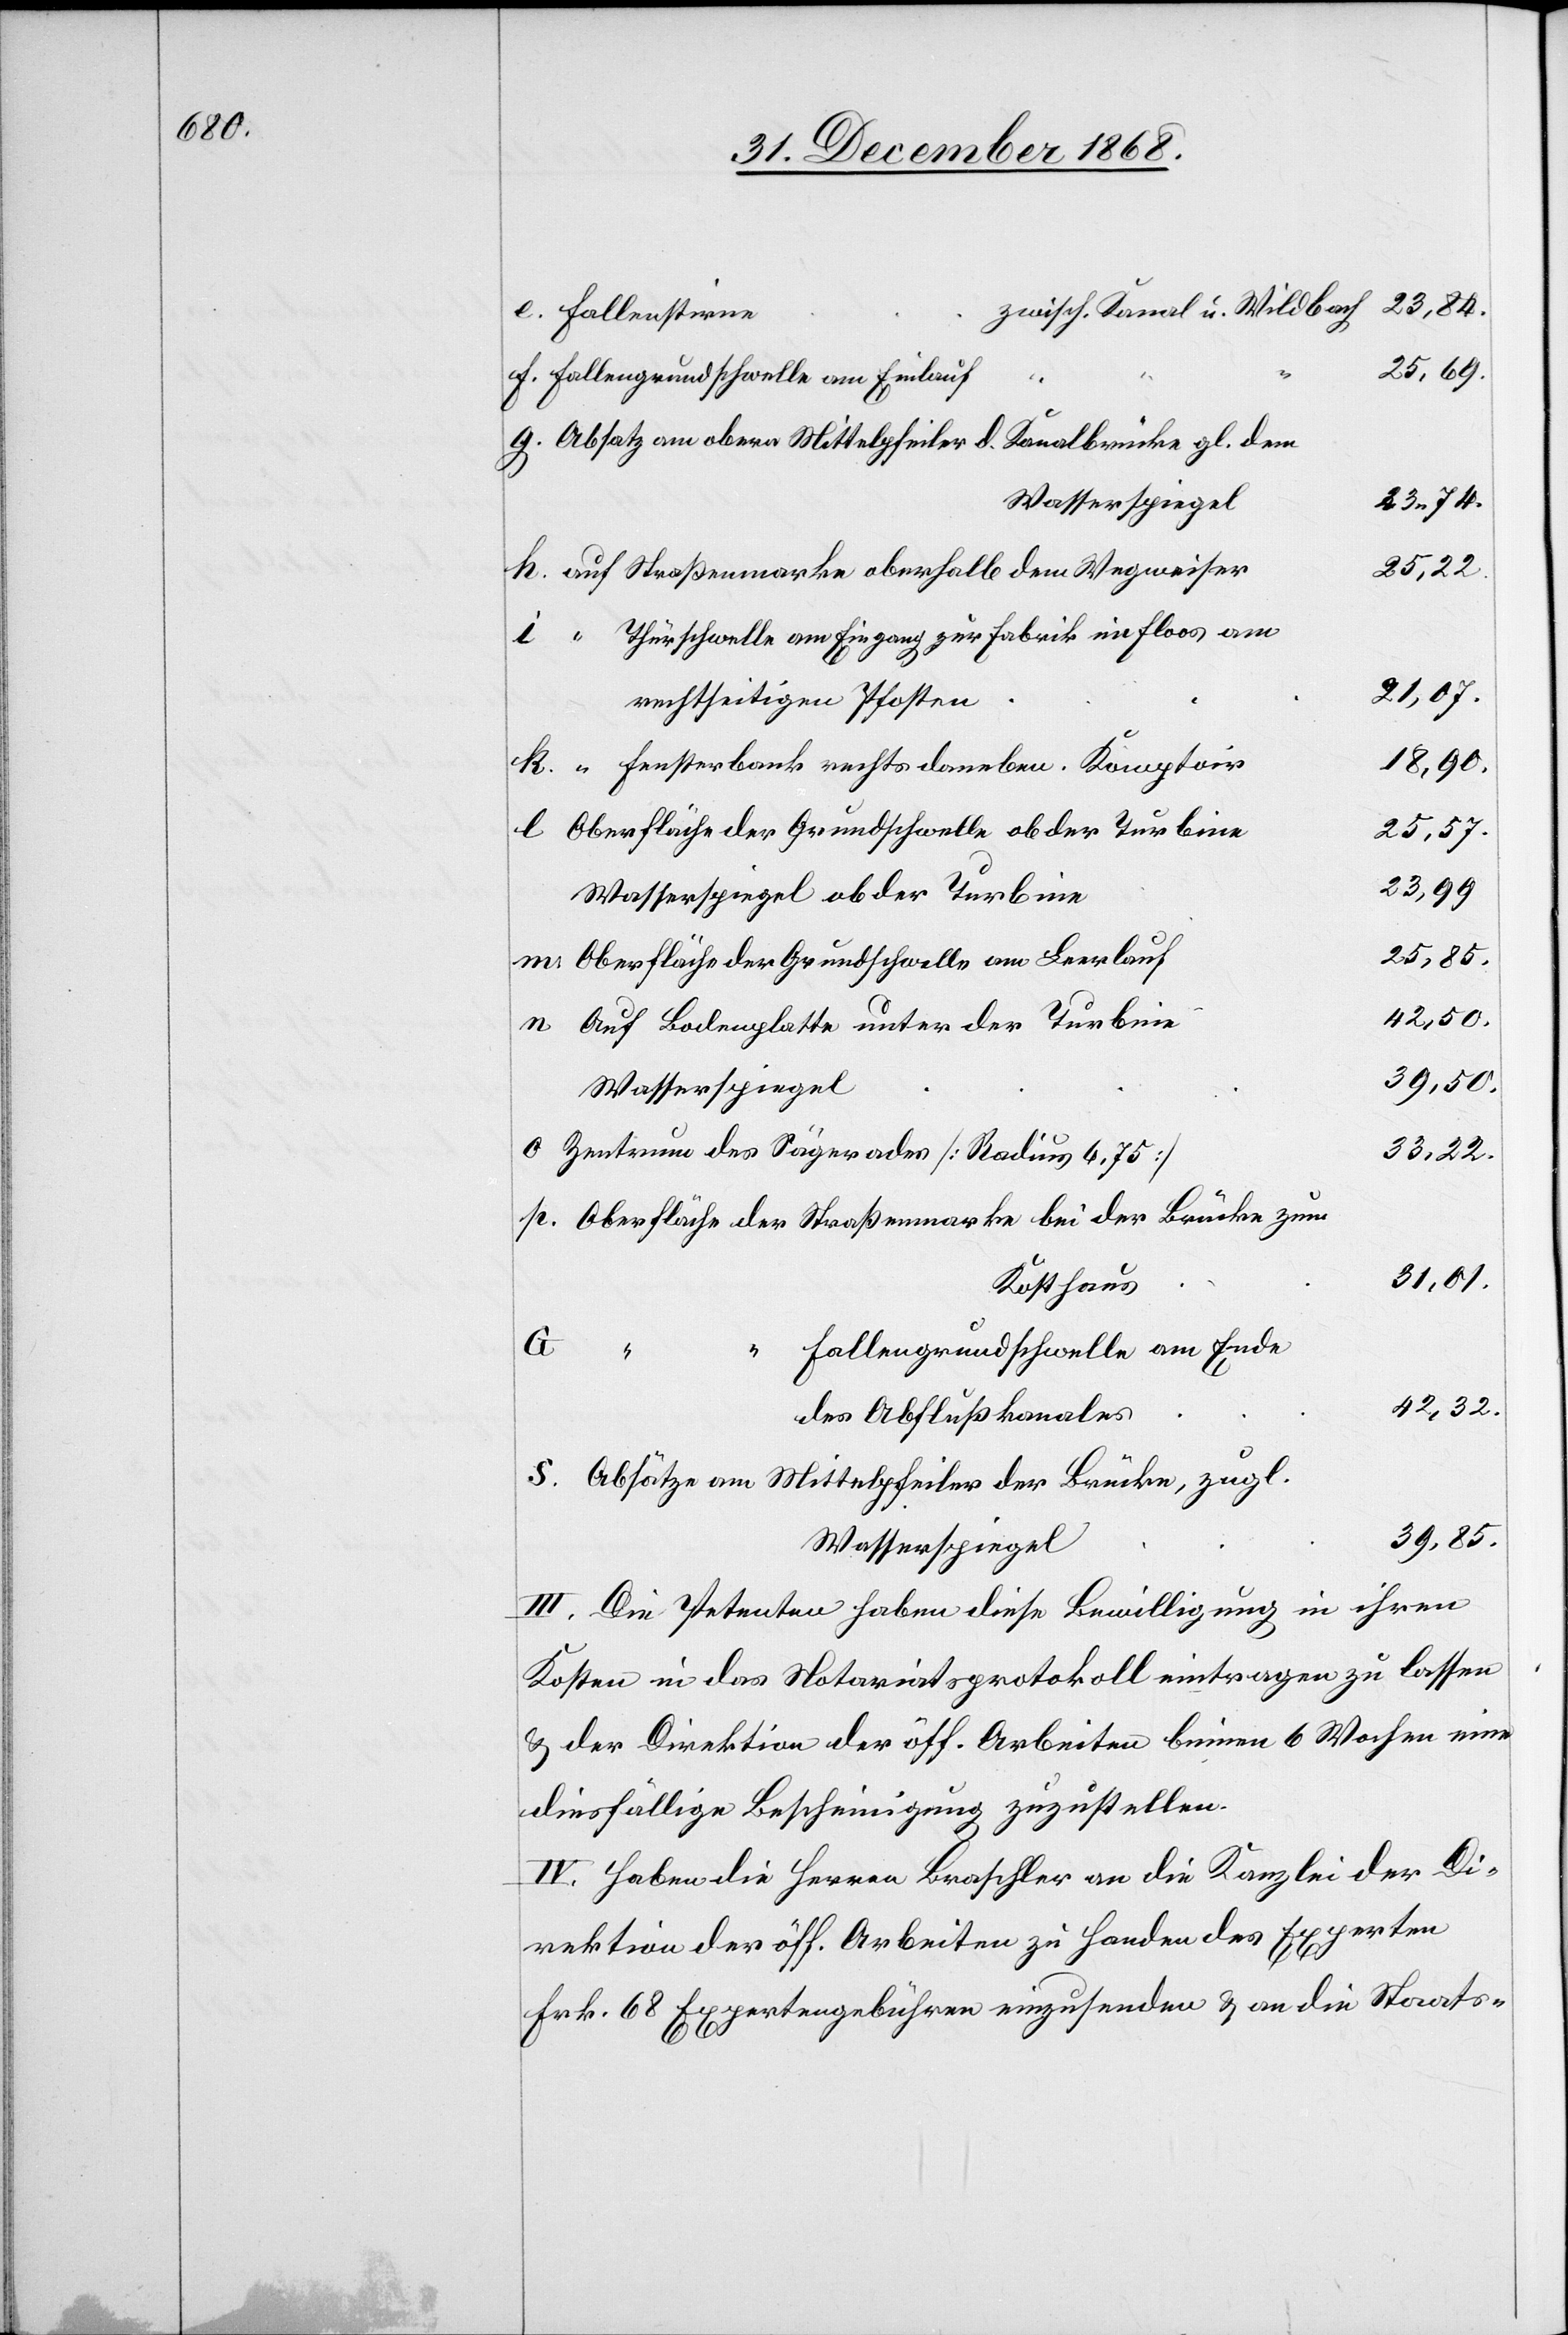
23,74.
zwisch. Kanal u. Wildbach
Fallenstirne
25,69.
Fallengrundschwelle am Einlauf
Absatz am obern Mittelpfeiler d. Kanalbrücke gl. dem
Wasserspiegel
25,22.
auf Straßenmarke oberhalb dem Wegweiser
Thürschwelle am Eingang zur Fabrik im Floos am
21,07.
18,90.
“ Fensterbank rechts daneben, Komptoir
25,57.
Oberfläche der Grundschwelle ob der Turbine
23,99
Wasserspiegel ob der Turbine
25,85.
Oberfläche der Grundschwelle am Leerlauf
42,50.
Auf Bodenplatte unter der Turbine
39,50.
33,22.
Zentrum des Sägerades [Radius 6,75]
Oberfläche der Straßenmarke bei der Brücke zum
31,01.
Kosthaus
“ Fallengrundschwelle am Ende
S.
42,32.
des Abflußkanales
Absätze am Mittelpfeiler der Brücke, zugl.
39,85.
III. Die Petenten haben diese Bewilligung in ihren
Kosten in das Notariatsprotokoll eintragen zu lassen
& der Direktion der öff. Arbeiten binnen 6 Wochen eine
diesfällige Bescheinigung zuzustellen.
IV. Haben die Herren Braschler an die Kanzlei der Di¬
rektion der öff. Arbeiten zu Handen des Experten
Frk. 68 Expertengebühren einzusenden & an die Staats-